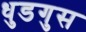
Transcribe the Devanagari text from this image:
धुडगुस